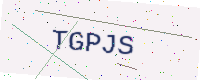
Text: TGPJS